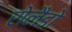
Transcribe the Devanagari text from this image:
रोलैडो